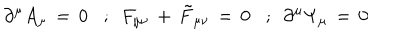
LaTeX: \, \, \, \, \partial ^ { \mu } A _ { \mu } \, = \, 0 \, \, \, \, \, ; \, \, \, F _ { \mu \nu } \, + \, { \tilde { F } } _ { \mu \nu } \, = \, 0 \, \, \, \, \, ; \, \, \, \partial ^ { \mu } \Psi _ { \mu } \, = \, 0